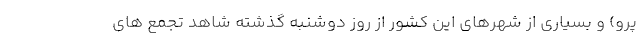
پرو) و بسیاری از شهرهای این کشور از روز دوشنبه گذشته شاهد تجمع های